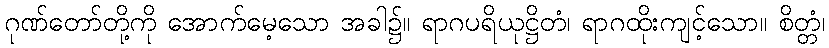
ဂုဏ်တော်တို့ကို အောက်မေ့သော အခါ၌။ ရာဂပရိယုဋ္ဌိတံ၊ ရာဂထိုးကျင့်သော။ စိတ္တံ၊